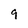
Character: 9